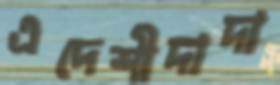
এদেশীদাদা